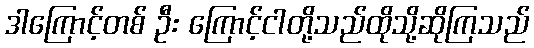
ဒါကြောင့်တစ် ဦး ကြောင့်ငါတို့သည်ထိုသို့ဆိုကြသည်